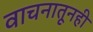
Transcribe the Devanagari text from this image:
वाचनातूनही